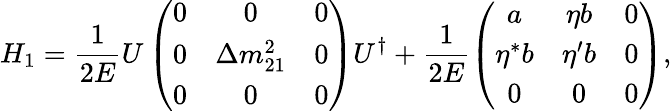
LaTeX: H_{1}=\frac{1}{2E}U\left(\begin{array}{ccc}{{0}}&{{0}}&{{0}}\\ {{0}}&{{\Delta m_{21}^{2}}}&{{0}}\\ {{0}}&{{0}}&{{0}}\end{array}\right)U^{\dagger}+\frac{1}{2E}\left(\begin{array}{ccc}{{a}}&{{\eta b}}&{{0}}\\ {{\eta^{*}b}}&{{\eta^{\prime}b}}&{{0}}\\ {{0}}&{{0}}&{{0}}\end{array}\right),